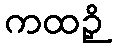
ကထဉှိ